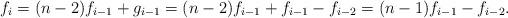
LaTeX: \begin{align*}f_i = (n-2)f_{i-1}+g_{i-1} = (n-2)f_{i-1}+f_{i-1}-f_{i-2} = (n-1)f_{i-1}-f_{i-2} .\end{align*}